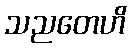
သညတေဟိ